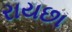
રાયછા